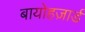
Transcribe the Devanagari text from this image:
बायोहज़ार्ड